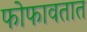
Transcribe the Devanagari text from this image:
फोफावतात